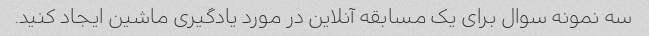
سه نمونه سوال برای یک مسابقه آنلاین در مورد یادگیری ماشین ایجاد کنید.